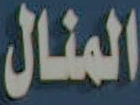
المنال